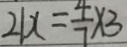
2 1 x = \frac { 4 } { 7 } \times 3